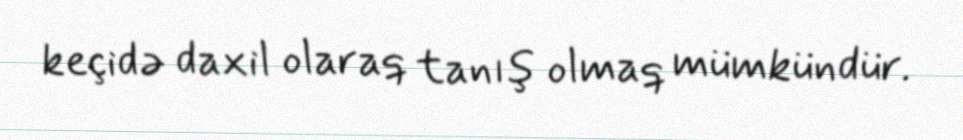
keçidə daxil olaraq tanış olmaq mümkündür.